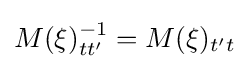
M(\xi )_{tt'}^{-1}=M(\xi )_{t't}